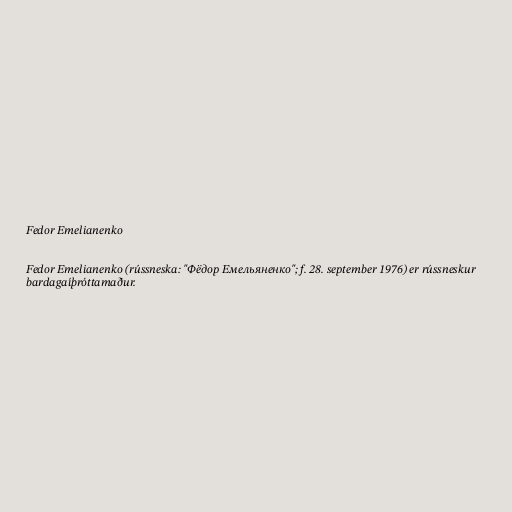
Fedor Emelianenko

Fedor Emelianenko (rússneska: "Фёдор Емельяненко"; f. 28. september 1976) er rússneskur
bardagaíþróttamaður.